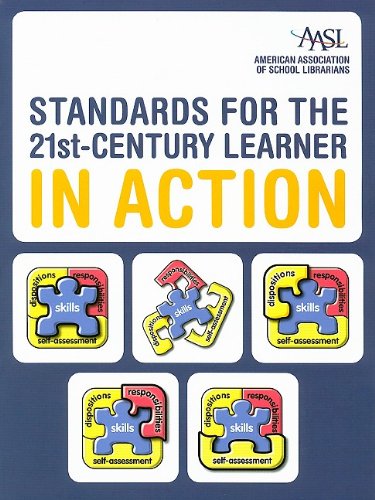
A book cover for Standards for the 21st-Century Learner in Action; American Association of School Librarians; Politics & Social Sciences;